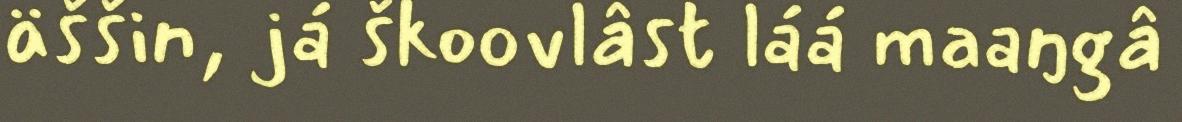
äššin, já škoovlâst láá maaŋgâ